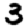
Digit: 3